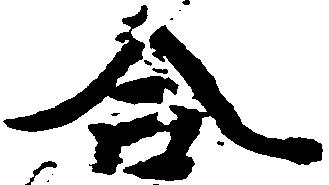
合